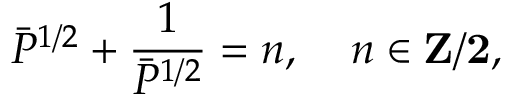
\bar { P } ^ { 1 / 2 } + \frac { 1 } { \bar { P } ^ { 1 / 2 } } = n , \; \; \; \; n \in \bf { Z } / 2 ,